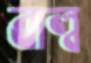
বাল্ব